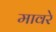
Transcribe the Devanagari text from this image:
मावरे